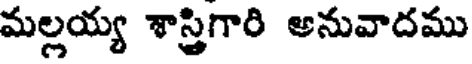
మల్లయ్య శాస్త్రిగారి అనువాదము